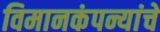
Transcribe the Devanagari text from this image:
विमानकंपन्यांचे